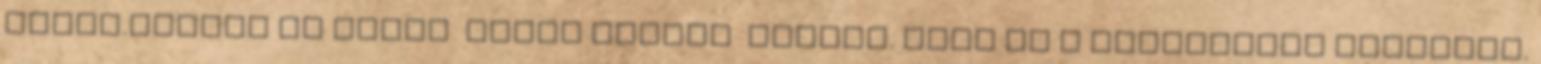
troll.Legyél az öcséd hugod papája mamája. Kapd be a szijgyártó retkesét.